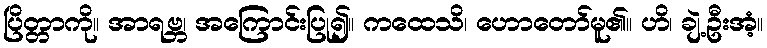
ပြိတ္တာကို။ အာရဗ္ဘ၊ အကြောင်းပြု၍။ ကထေသိ၊ ဟောတော်မူ၏။ ဟိ၊ ချဲ့ဦးအံ့။